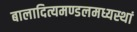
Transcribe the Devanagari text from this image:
बालादित्यमण्डलमध्यस्थां